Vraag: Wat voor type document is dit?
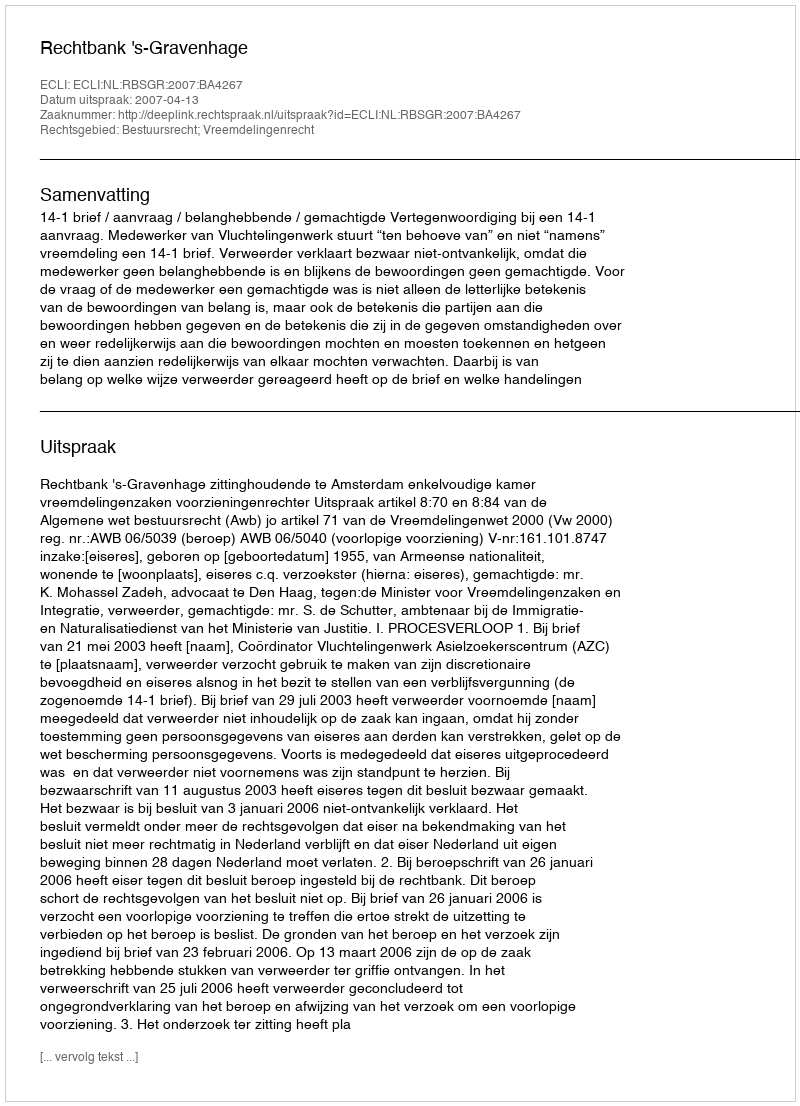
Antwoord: Uitspraak